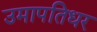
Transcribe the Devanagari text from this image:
उमापतिधर